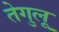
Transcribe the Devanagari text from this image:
तेगुलू